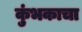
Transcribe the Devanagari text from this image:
कुंभकाचा